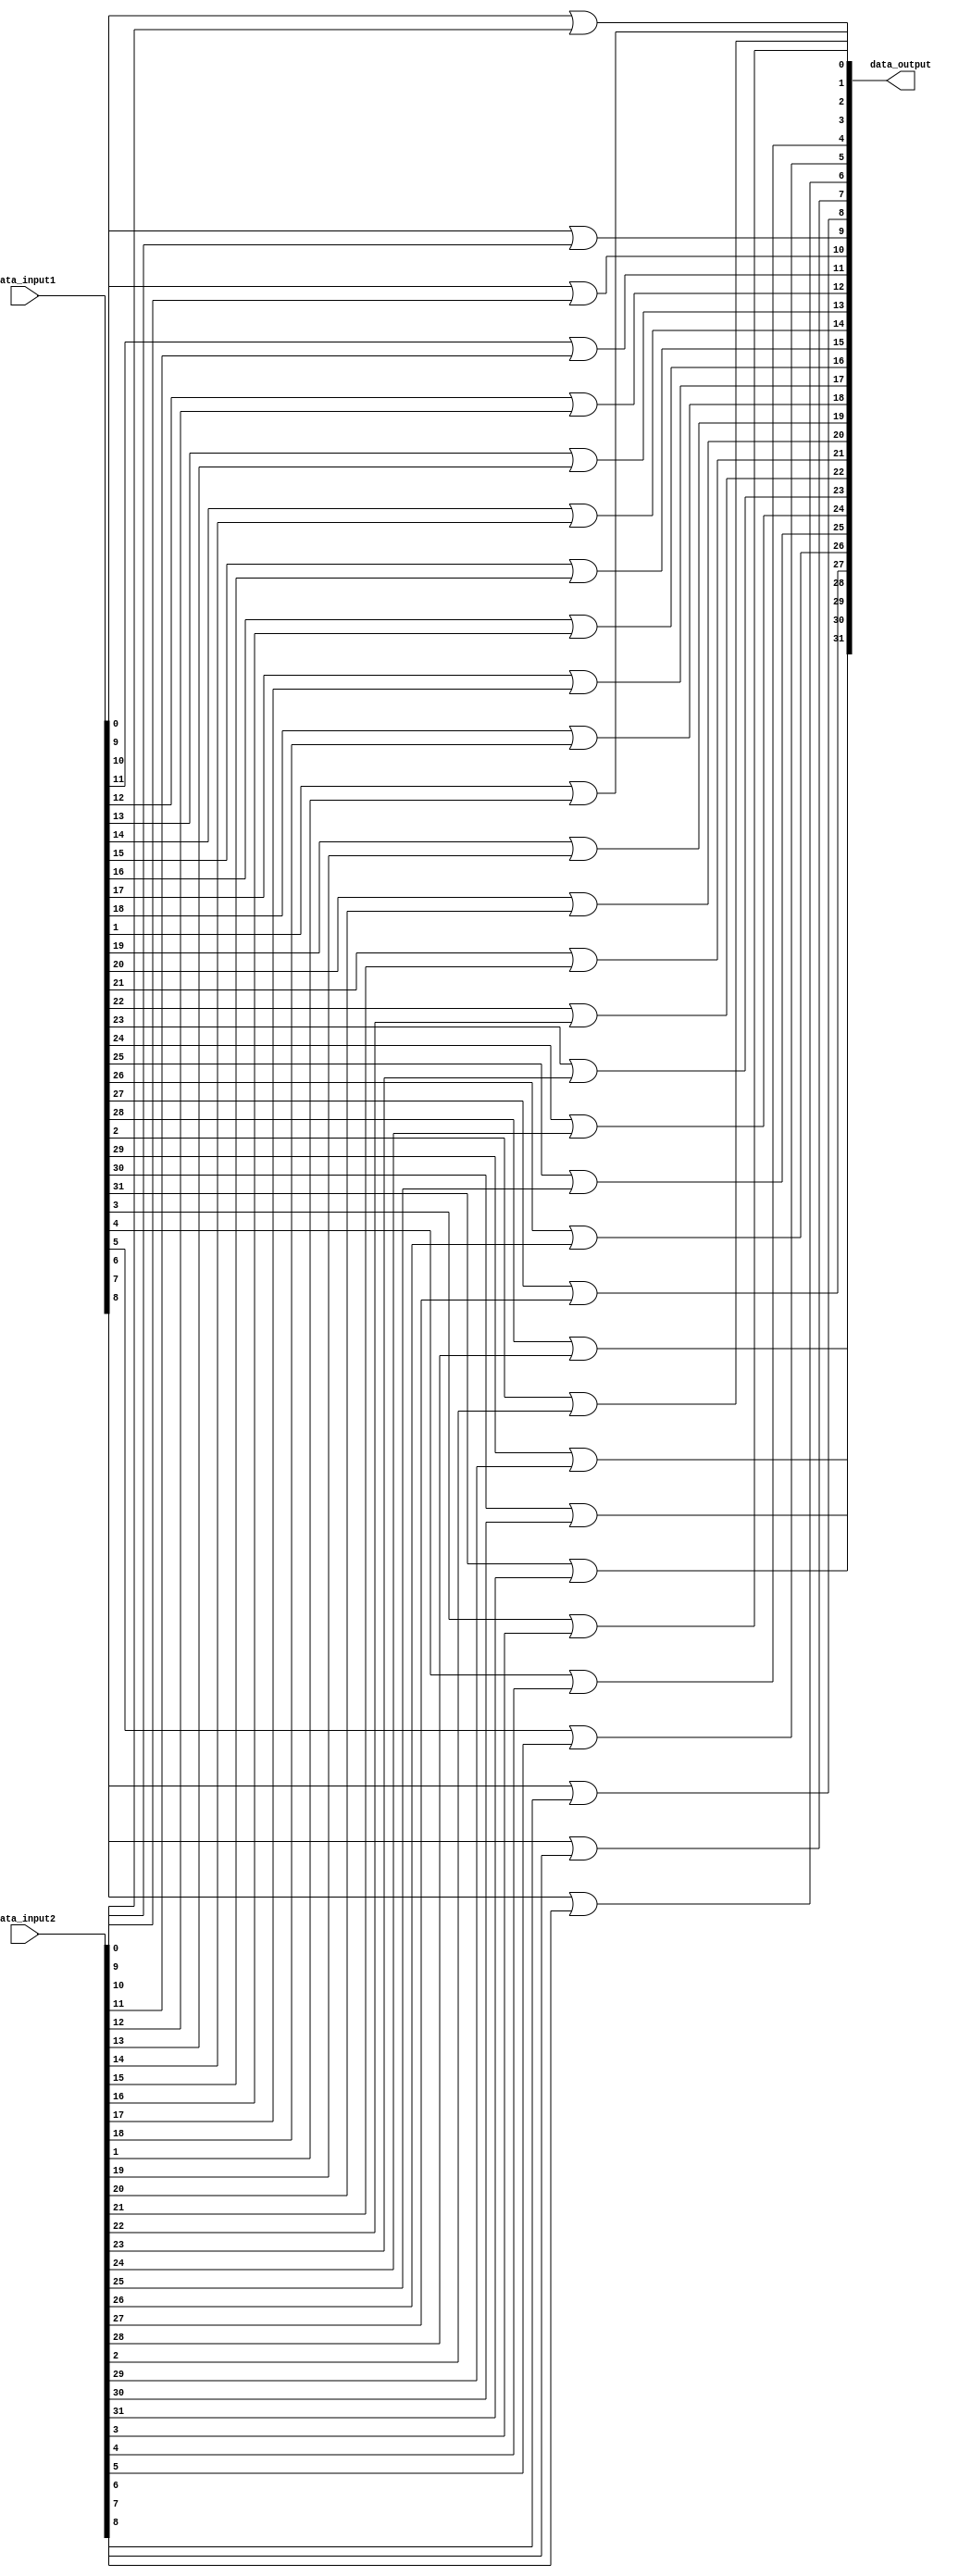
module my_bitwise_or(data_input1, data_input2, data_output);

	input [31:0] data_input1, data_input2;
	
	output [31:0] data_output;
	
	genvar k;
	generate
	for(k = 0; k < 32; k = k+1) begin: bitWiseOrLoop
		or myOr(data_output[k], data_input1[k], data_input2[k]);
   end
	endgenerate
	
endmodule